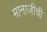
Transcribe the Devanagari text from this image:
मानाजीची